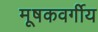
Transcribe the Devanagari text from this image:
मूषकवर्गीय